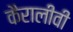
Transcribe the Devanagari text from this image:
कैरालीवी